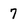
Character: 7